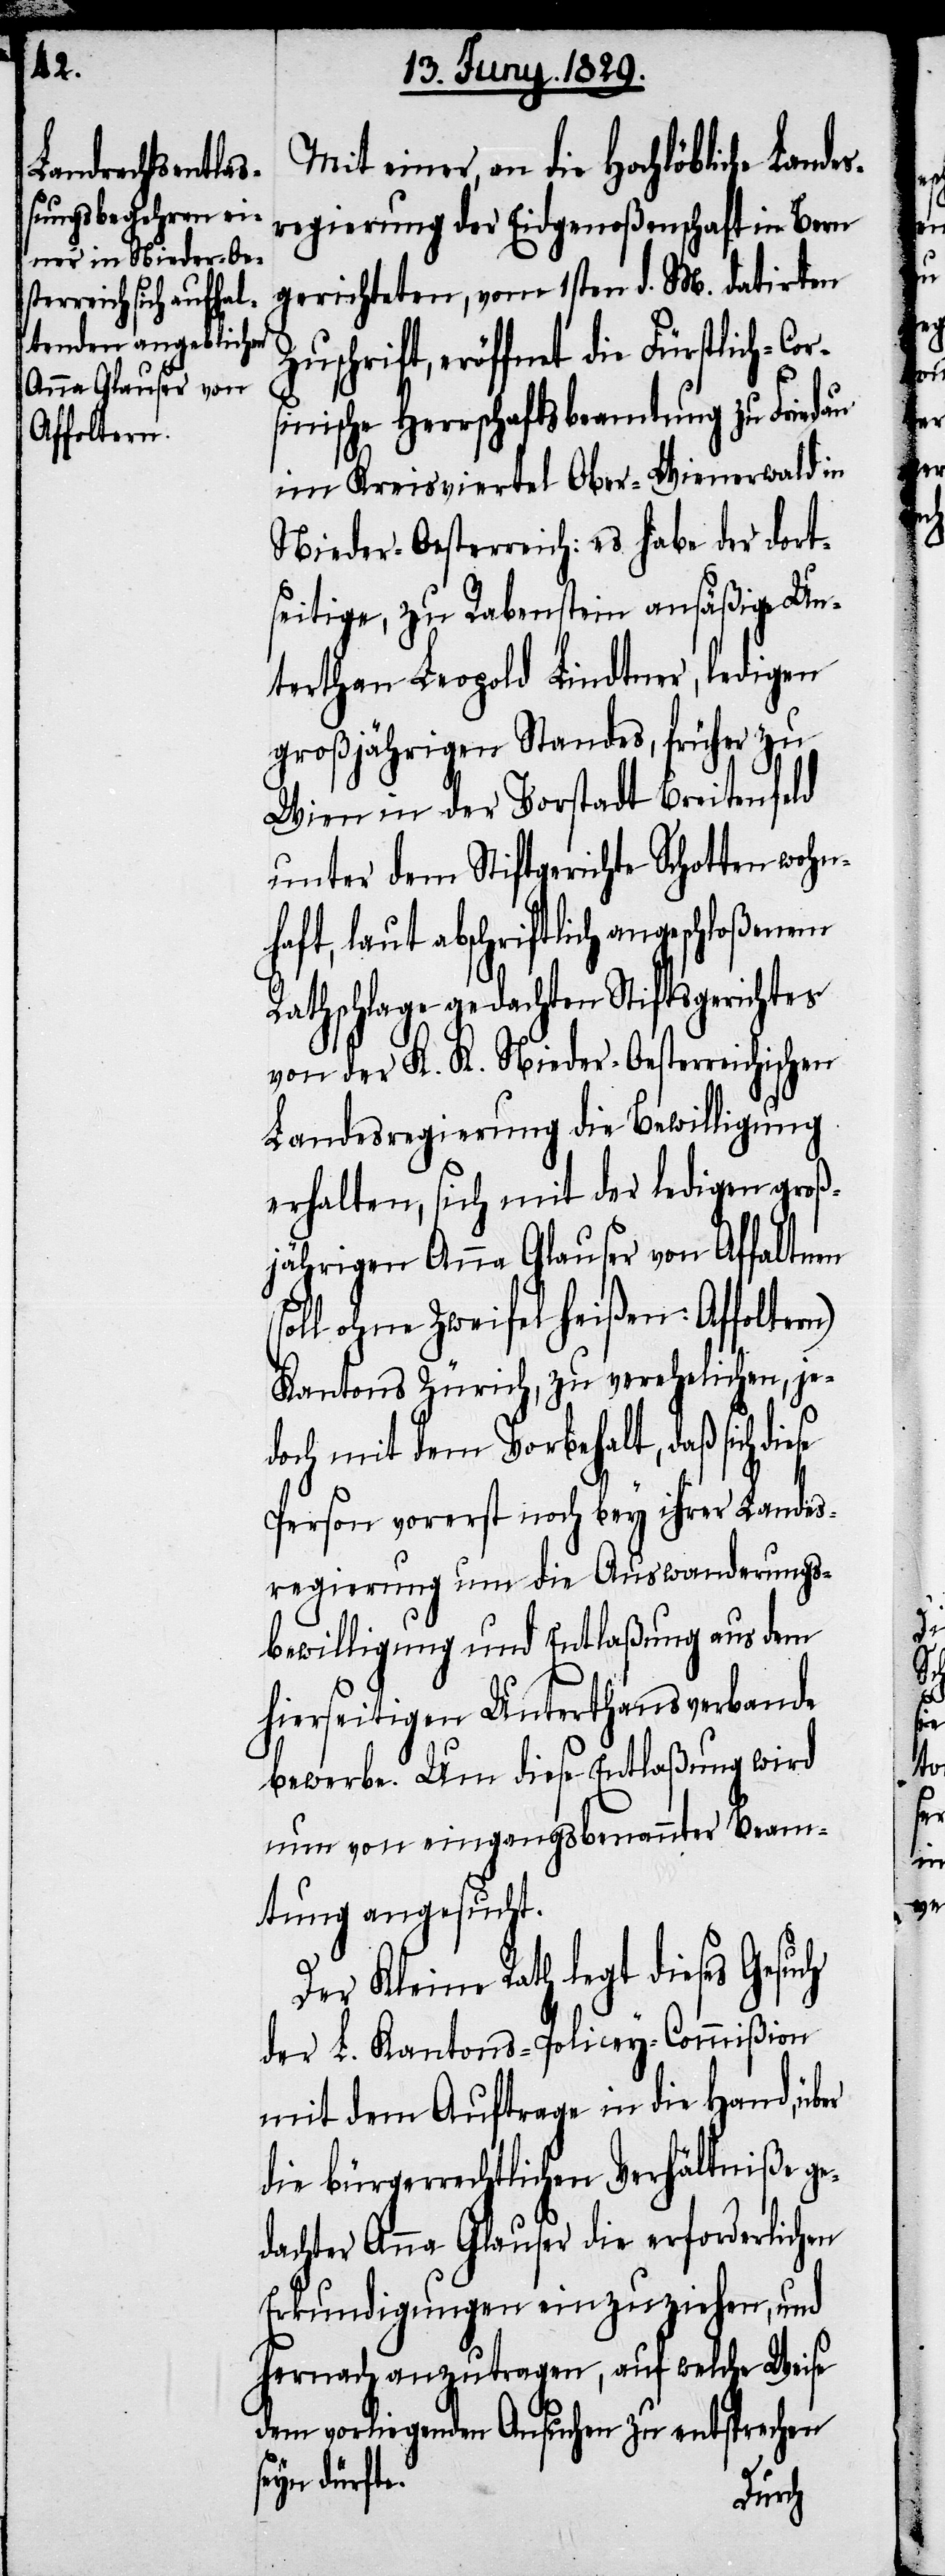
Affoltern)

Mit einer, an die Hochlöbliche Lande¬
sregierung der Eidgenoßenschaft in Bern
gerichteten, vom 1sten d. M. datirten
Zuschrift, eröffnet die Fürstlich-Cor¬
sinische Herrschaftsbeamtung zu Friedau
im Kreisviertel Ober-Wienerwald in
Nieder-Oesterreich: es habe der dort¬
seitige, zu Rabenstein ansäßige Un¬
terthan Leopold Lindtner, ledigen
großjährigen Standes, früher zu
Wien in der Vorstadt Breitenfeld
unter dem Stiftgerichte Schotten wohn¬
haft, laut abschriftlich angeschloßenem
Rathschlage gedachten Stiftsgerichtes
von der K. K. Nieder-Oesterreichischen
Landesregierung die Bewilligung
erhalten, sich mit der ledigen groß¬
jährigen Anna Glauser von Affaltnen
Kantons Zürich, zu verehelichen, je¬
doch mit dem Vorbehalt, daß sich di¬
Person vorerst noch bey ihrer Landes¬
regierung um die Auswanderungs¬
bewilligung und Entlaßung aus dem
hierseitigen Unterthansverbande
bewerbe. Um diese Entlaßung wird
nun von eingangs benannter Beam¬
tung angesucht.
Der Kleine Rath legt dieses Gesuch
der L. Kantons-Policey-Commißion
mit dem Auftrage in die Hand, über
die bürgerrechtlichen Verhältniße ge¬
dachter Anna Glauser die erforderlichen
Erkundigungen einzuziehen, und
hernach anzutragen, auf welche Weise
dem vorliegenden Ansuchen zu entsprechen
seyn dürfte.
ese